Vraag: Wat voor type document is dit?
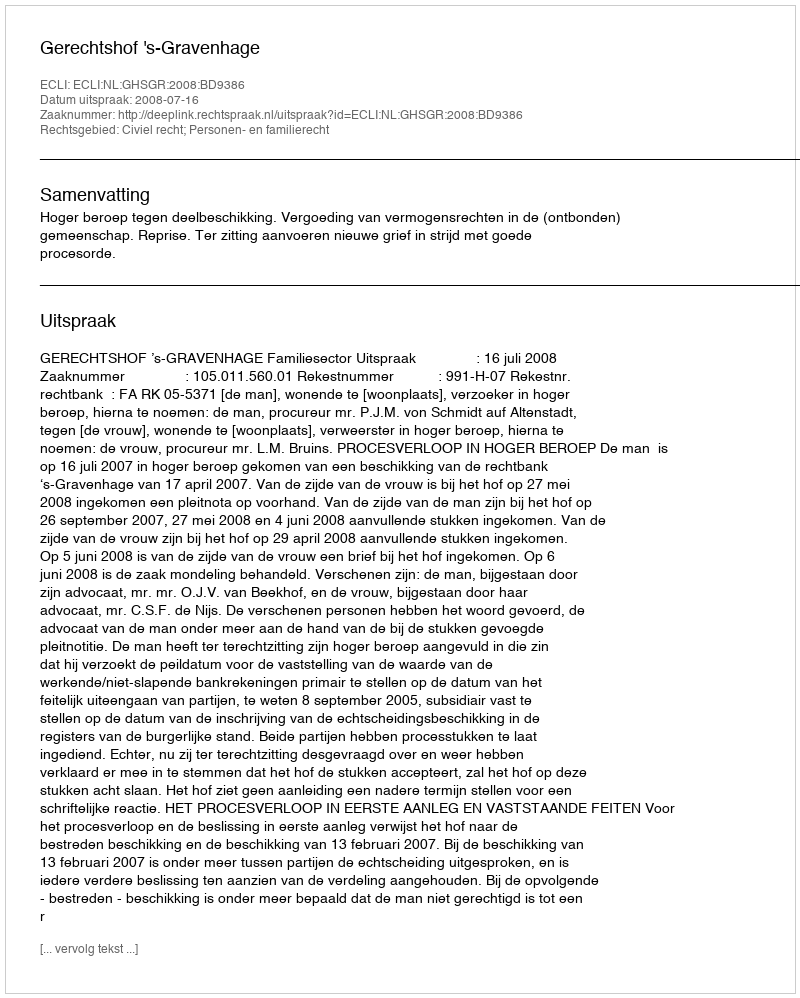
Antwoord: Uitspraak